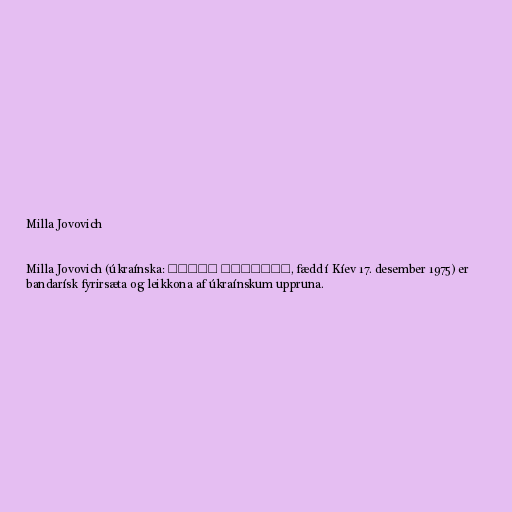
Milla Jovovich

Milla Jovovich (úkraínska: Мілла Йовович, fædd í Kíev 17. desember 1975) er
bandarísk fyrirsæta og leikkona af úkraínskum uppruna.